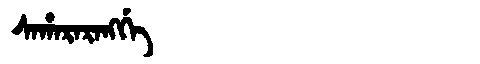
Manchu: ᠰᠠᡥᠠᡵᠠᡵᠠᠩᡤᡝ
Romanization: SAHARARANGGE